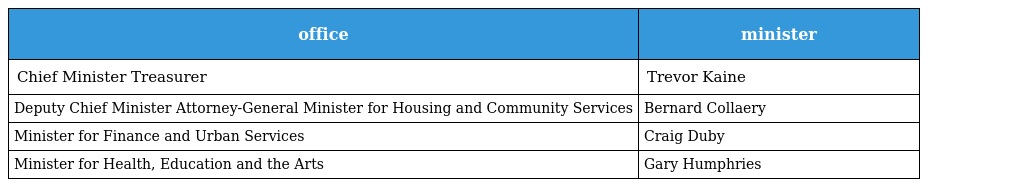
| office | minister |
 | --- | --- |
 | Chief Minister Treasurer | Trevor Kaine |
 | Deputy Chief Minister Attorney-General Minister for Housing and Community Services | Bernard Collaery |
 | Minister for Finance and Urban Services | Craig Duby |
 | Minister for Health, Education and the Arts | Gary Humphries |